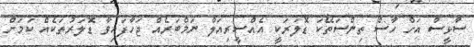
ސާޅީސް އަށް ހާސް ތިންސަތޭކަ ޑޮލަރަކީ އެއްސީރިއަލް ނަމްބަރެއް ޖަހާފައިވާ ޑޮލަރުތަކެއް ކަމަށް